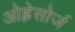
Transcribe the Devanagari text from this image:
ओह्नेसोर्ज